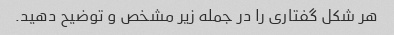
هر شکل گفتاری را در جمله زیر مشخص و توضیح دهید.